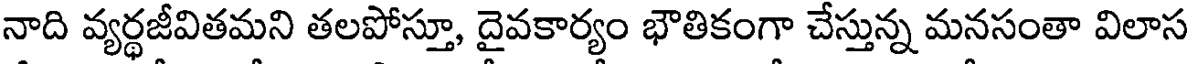
నాది వ్యర్థజీవితమని తలపోస్తూ, దైవకార్యం భౌతికంగా చేస్తున్న మనసంతా విలాస